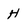
Character: H